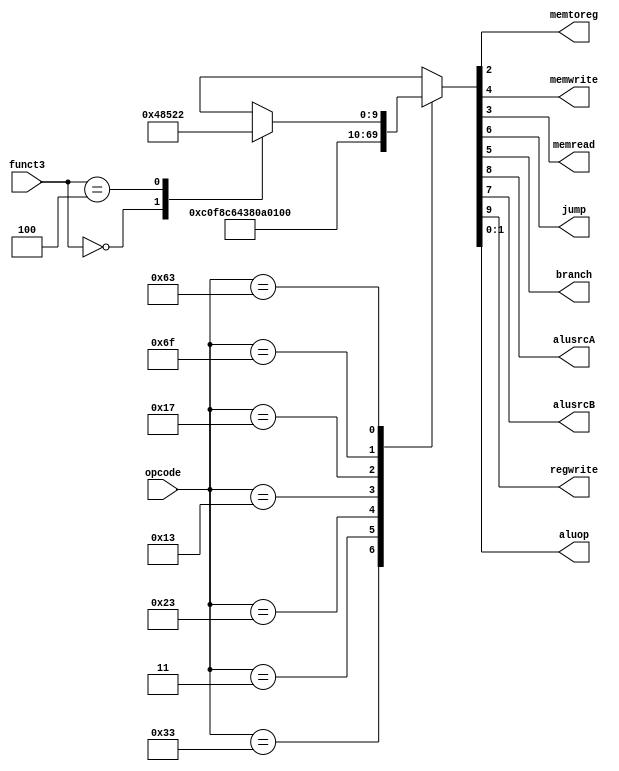

module maindec(opcode, memtoreg, memwrite, memread, jump, branch, alusrcA, alusrcB, regwrite, aluop, funct3);
   input [6:0] opcode;
   input [2:0] funct3;
   output memtoreg, memwrite, memread, jump, branch, alusrcA, alusrcB, regwrite;
   output [1:0] aluop;
   reg [9:0] controls;
   assign {regwrite, alusrcA, alusrcB, jump, branch, memwrite, memread, memtoreg, aluop} = controls;
   always @(opcode or funct3)
   casex(opcode)
     7'b0110011: controls <= 10'b1100000011;  // R-Type
     7'b0000011: controls <= 10'b1110001100;  // LW
     7'b0100011: controls <= 10'b0110010000;  // SW
     7'b0010011: controls <= 10'b1110000000;  // ADDI
     7'b0010111: controls <= 10'b1010000000;  // AUIPC
     7'b1101111: controls <= 10'b0011000000;  // JAL
     7'b1100011: casex(funct3)
                   3'b000: controls <= 10'b0100100001;  // BEQ
                   3'b100: controls <= 10'b0100100010;  // BLT
                   default: controls <= 10'bxxxxxxxxxx; // illegal op
                 endcase
     default: controls <= 10'bxxxxxxxxxx; // illegal op
   endcase
endmodule